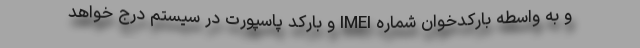
و به واسطه بارکدخوان شماره IMEI و بارکد پاسپورت در سیستم درج خواهد